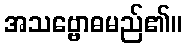
အသဗ္ဗောဓမည်၏။